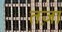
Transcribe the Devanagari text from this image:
तज़ा